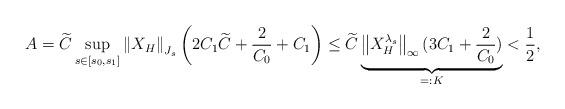
LaTeX: \begin{align*}A= \widetilde{C}\sup_{s\in[s_0,s_1]}\left\|X_{H}\right\|_{J_s}\left(2C_1\widetilde{C}+\frac{2}{C_0}+C_1\right)\leq \widetilde{C}\underbrace{\left\|X^{\lambda_s}_H\right\|_{\infty}(3C_1 + \frac{2}{C_0})}_{=:K} < \frac{1}{2},\end{align*}